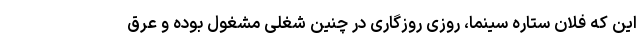
این‌ که فلان ستاره سینما، روزی روزگاری در چنین شغلی مشغول بوده و عرق